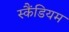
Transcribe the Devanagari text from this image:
स्कैंडियम